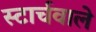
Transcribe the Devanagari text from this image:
स्टार्चवाले